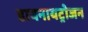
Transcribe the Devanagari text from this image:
डायनायट्रोजन